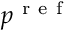
p ^ { \mathrm { ~ r ~ e ~ f ~ } }